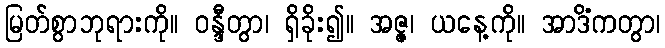
မြတ်စွာဘုရားကို။ ဝန္ဒီတွာ၊ ရှိခိုး၍။ အဇ္ဇ၊ ယနေ့ကို။ အာဒိံကတွာ၊